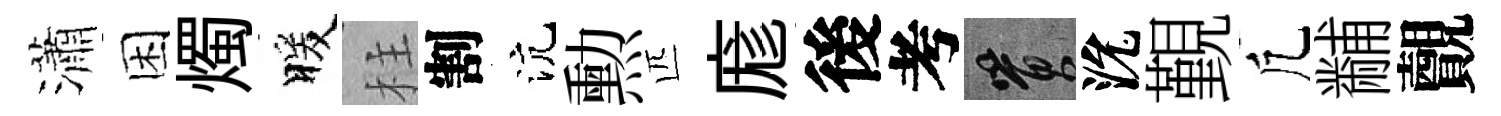
瀟困燭暖柱割沆勲匹庬後考篔沇覲凢黼覿